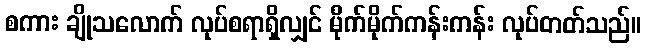
စကား ချိုသလောက် လုပ်စရာရှိလျှင် မိုက်မိုက်ကန်းကန်း လုပ်တတ်သည်။